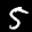
Label: 5